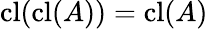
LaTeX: \operatorname{cl}(\operatorname{cl}(A))=\operatorname{cl}(A)